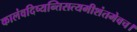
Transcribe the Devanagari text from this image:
कालंवदिष्यन्तिसत्यमीशंतमेवच।